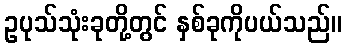
ဥပုသ်သုံးခုတို့တွင် နှစ်ခုကိုပယ်သည်။